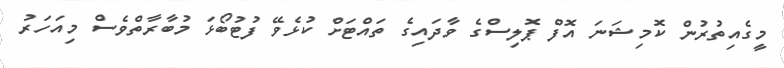
މީގެއިތުރުން ކޮމިޝަނަ އޮފް ޕޮލިސްގެ ވާދައިގެ ތައްޓަށް ކުޅެވޭ ފުޓުބޯޅަ މުބާރާތްވެސް މިއަހަރު